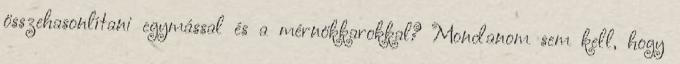
összehasonlítani egymással és a mérnökkarokkal? Mondanom sem kell, hogy